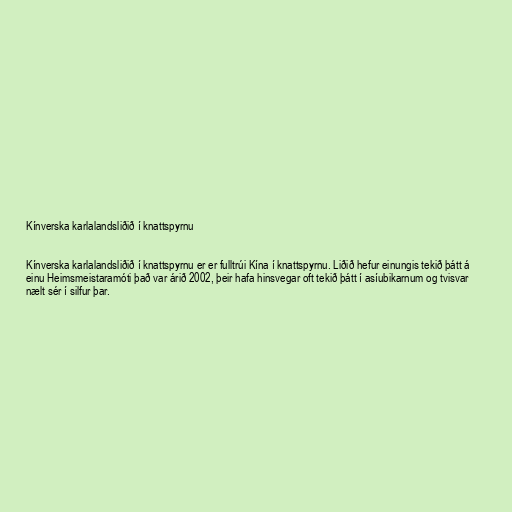
Kínverska karlalandsliðið í knattspyrnu

Kínverska karlalandsliðið í knattspyrnu er er fulltrúi Kína í knattspyrnu. Liðið hefur einungis tekið þátt á
einu Heimsmeistaramóti það var árið 2002, þeir hafa hinsvegar oft tekið þátt í asíubikarnum og tvisvar
nælt sér í silfur þar.